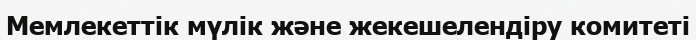
Мемлекеттік мүлік және жекешелендіру комитеті